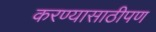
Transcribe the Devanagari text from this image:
करण्यासाठीपण